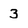
Character: 3